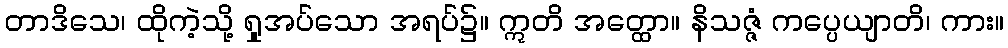
တာဒိသေ၊ ထိုကဲ့သို့ ရှုအပ်သော အရပ်၌။ ဣတိ အတ္ထော။ နိသဇ္ဇံ ကပ္ပေယျာတိ၊ ကား။